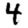
Digit: 4